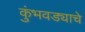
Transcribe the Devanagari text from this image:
कुंभवड्याचे